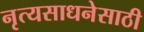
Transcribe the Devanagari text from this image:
नृत्यसाधनेसाठी